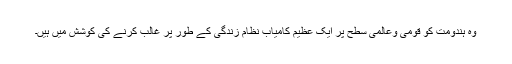
وہ ہندومت کو قومی وعالمی سطح پر ایک عظیم کامیاب نظام زندگی کے طور پر غالب کرنے کی کوشش میں ہیں۔